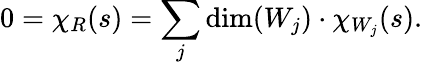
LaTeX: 0=\chi_{R}(s)=\sum_{j}\dim(W_{j})\cdot\chi_{W_{j}}(s).